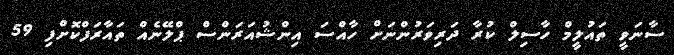
ސާނަވީ ތައުލީމް ހާސިލް ކުރާ ދަރިވަރުންނަށް ހާއްސަ އިންޝުއަރަންސް ޕްލޭނެއް ތައާރަފްކޮށްފި 59